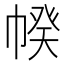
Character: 𢃯